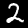
Label: 2